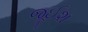
જૂઈશ